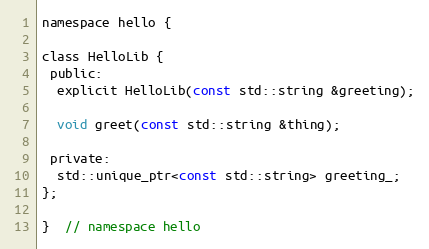
Language: C
namespace hello {

class HelloLib {
 public:
  explicit HelloLib(const std::string &greeting);

  void greet(const std::string &thing);

 private:
  std::unique_ptr<const std::string> greeting_;
};

}  // namespace hello